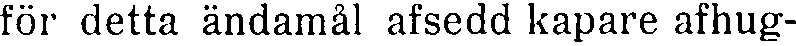
för detta ändamål afsedd kapare afhug-